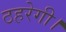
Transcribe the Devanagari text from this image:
ठहरेगी।